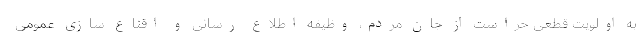
به اولویت قطعی حراست از جان مردم، وظیفه اطلاع رسانی و اقناع سازی عمومی